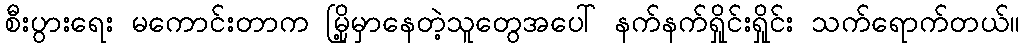
စီးပွားရေး မကောင်းတာက မြို့မှာနေတဲ့သူတွေအပေါ် နက်နက်ရှိုင်းရှိုင်း သက်ရောက်တယ်။